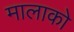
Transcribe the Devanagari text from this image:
मालाको